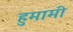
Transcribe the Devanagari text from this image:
हुमामी